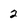
Character: 2